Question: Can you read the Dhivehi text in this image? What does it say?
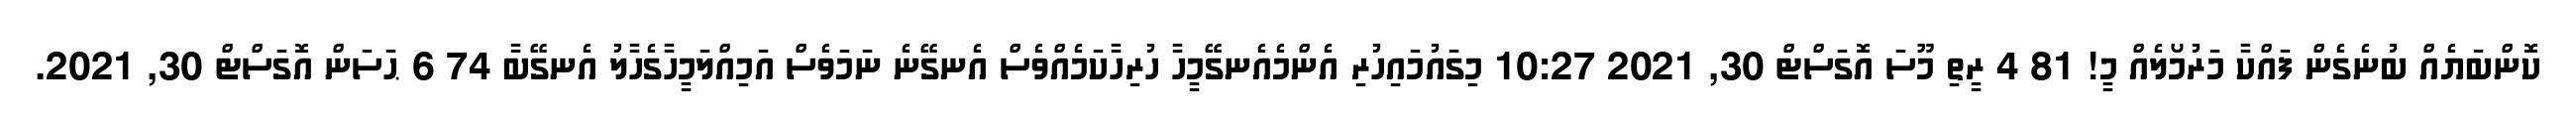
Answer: ކޮންބަޔެއް ބުނެގެން ފައްކާ މަރުމޯލެއް މީ! 81 4 ރީތި މޫސަ އޮގަސްޓް 30, 2021 10:27 މިގައުމައިހުރި އެންމެއެނގޭމީހާ ހުރިހާކަމެއްވެސް އެނގޭނެ ނަމަވެސް އަމިއްލަމީހާގެހާލު އެނގޭބާ 74 6 ޙަސަން އޮގަސްޓް 30, 2021.